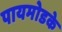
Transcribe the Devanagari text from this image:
पायमोडके